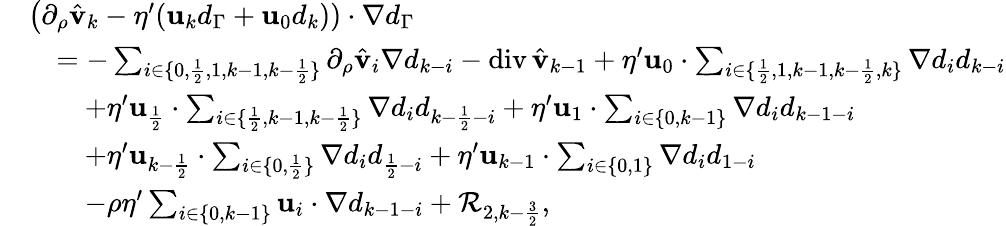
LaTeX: \begin{array}{rl}&{\big(\partial_{\rho}\hat{\mathbf{v}}_{k}-\eta^{\prime}(\mathbf{u}_{k}d_{\Gamma}+\mathbf{u}_{0}d_{k}))\cdot\nabla d_{\Gamma}}\\ &{\quad=-\sum_{i\in\{ 0,\frac{1}{2},1,k-1,k-\frac{1}{2}\} }\partial_{\rho}\hat{\mathbf{v}}_{i}\nabla d_{k-i}-\operatorname{div}\hat{\mathbf{v}}_{k-1}+\eta^{\prime}\mathbf{u}_{0}\cdot\sum_{i\in\{ \frac{1}{2},1,k-1,k-\frac{1}{2},k\} }\nabla d_{i}d_{k-i}}\\ &{\qquad+\eta^{\prime}\mathbf{u}_{\frac{1}{2}}\cdot\sum_{i\in\{ \frac 12,k-1,k-\frac 12\} }\nabla d_{i}d_{k-\frac{1}{2}-i}+\eta^{\prime}\mathbf{u}_{1}\cdot\sum_{i\in\{ 0,k-1\} }\nabla d_{i}d_{k-1-i}}\\ &{\qquad+\eta^{\prime}\mathbf{u}_{k-\frac{1}{2}}\cdot\sum_{i\in\{ 0,\frac 12\} }\nabla d_{i}d_{\frac 12-i}+\eta^{\prime}\mathbf{u}_{k-1}\cdot\sum_{i\in\{ 0,1\} }\nabla d_{i}d_{1-i}}\\ &{\qquad-\rho\eta^{\prime}\sum_{i\in\{ 0,k-1\} }\mathbf{u}_{i}\cdot\nabla d_{k-1-i}+\mathcal{R}_{2,k-\frac{3}{2}},}\end{array}